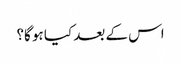
اس کے بعد کیا ہو گا؟